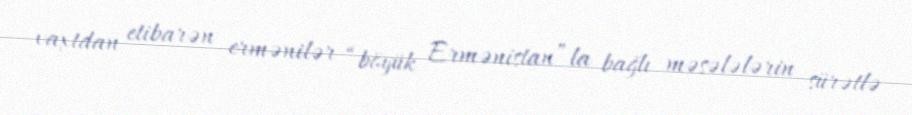
vaxtdan etibarən ermənilər “böyük Ermənistan”la bağlı məsələlərin sürətlə